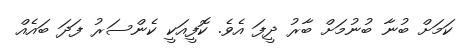
ކަމަށް ބުނާ ބުނުމަށް ބާރު ދީފަ އެވެ. ކޮފީއަކީ ކެންސަރު ފަދަ ބައެއް